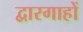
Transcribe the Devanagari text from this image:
द्वारगाहों